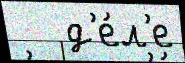
   д'е́л'е